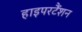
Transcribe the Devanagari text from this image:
हाइपरटैंशन